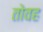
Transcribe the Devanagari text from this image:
तोवह